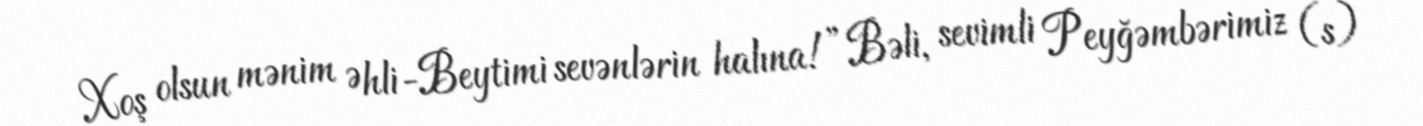
Xoş olsun mənim Əhli-Beytimi sevənlərin halına!”Bəli, sevimli Peyğəmbərimiz (s)